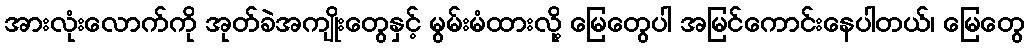
အားလုံးလောက်ကို အုတ်ခဲအကျိုးတွေနှင့် မွမ်းမံထားလို့ မြေတွေပါ အမြင်ကောင်းနေပါတယ်၊ မြေတွေ